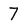
Character: 7